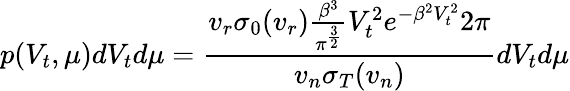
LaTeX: p(V_{t},\mu)dV_{t}d\mu=\frac{v_{r}\sigma_{0}(v_{r})\frac{\beta^{3}}{\pi^{\frac{3}{2}}}V_{t}^{2}e^{-\beta^{2}V_{t}^{2}}2\pi}{v_{n}\sigma_{T}(v_{n})}dV_{t}d\mu